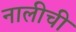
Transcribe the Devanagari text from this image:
नालीची